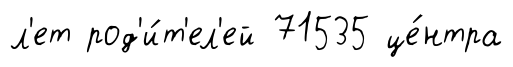
л'ет род'и́т'ел'ей 71535 це́нтра